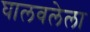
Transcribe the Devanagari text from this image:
घालवलेला